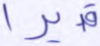
قديرا